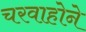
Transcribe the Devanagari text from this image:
चरवाहोने